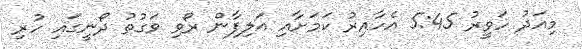
މިއަދު ހަވީރު 5:45 އެހާއިރު ކަމަށާއި އަލިފާން ރޯވި ވަގުތު ދޯނީގައި ހުރި